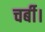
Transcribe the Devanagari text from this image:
चर्बी।